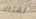
لقتلك